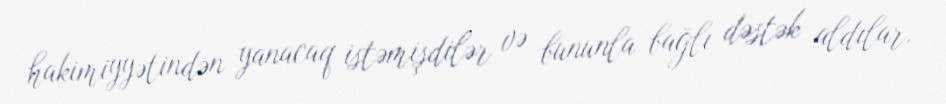
hakimiyyətindən yanacaq istəmişdilər və bununla bağlı dəstək aldılar.